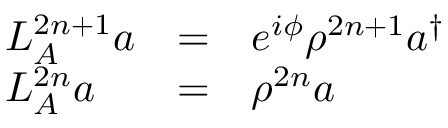
\begin{array} { l c l } { { { \cal L } _ { A } ^ { 2 n + 1 } a } } & { { = } } & { { e ^ { i \phi } \rho ^ { 2 n + 1 } a ^ { \dagger } } } \\ { { { \cal L } _ { A } ^ { 2 n } a } } & { { = } } & { { \rho ^ { 2 n } a } } \end{array}